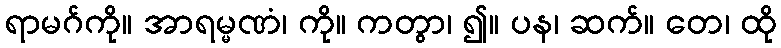
ရာမဂ်ကို။ အာရမ္မဏံ၊ ကို။ ကတွာ၊ ၍။ ပန၊ ဆက်။ တေ၊ ထို